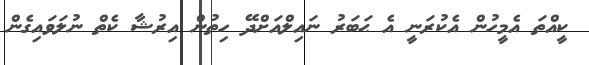
ކީއްތަ އެމީހުން އެކުރަނީ އެ ޙަބަރު ނައިލްއަށްދޭ ހިތުން އިރުޝާ ކެތް ނުލަވައިގެން